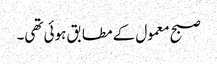
صبح معمول کے مطابق ہوئی تھی۔